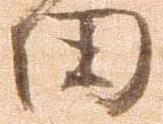
田